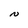
Character: N